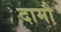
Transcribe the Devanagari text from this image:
दामौ